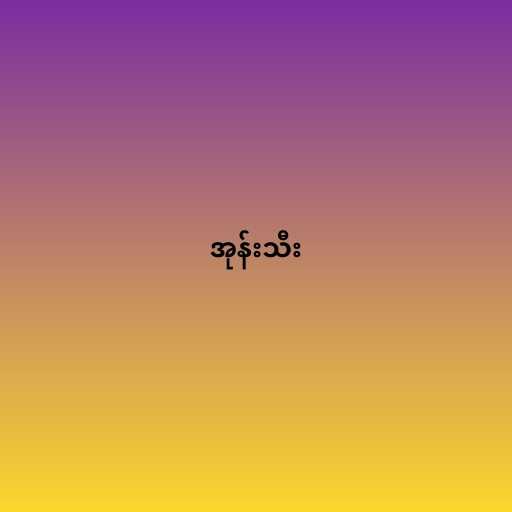
အုန်းသီး